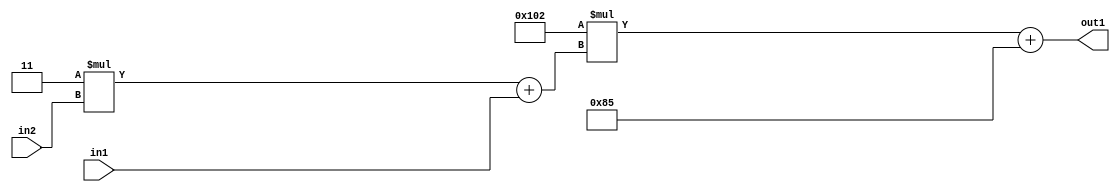
`timescale 1ps / 1ps
/*****************************************************************************
    Verilog RTL Description
    
    
    Created by: Stratus DpOpt 2019.1.01 
*******************************************************************************/

module DC_Filter_Add2i133Mul2i258Add2u1Mul2i3u2_4 (
	in2,
	in1,
	out1
	); /* architecture "behavioural" */ 
input [1:0] in2;
input  in1;
output [11:0] out1;
wire [11:0] asc001;
wire [3:0] asc002;

wire [3:0] asc002_tmp_0;
assign asc002_tmp_0 = 
	+(4'B0011 * in2);
assign asc002 = asc002_tmp_0
	+(in1);

wire [11:0] asc001_tmp_1;
assign asc001_tmp_1 = 
	+(12'B000100000010 * asc002);
assign asc001 = asc001_tmp_1
	+(12'B000010000101);

assign out1 = asc001;
endmodule

/* CADENCE  v7X4Twg= : u9/ySgnWtBlWxVPRXgAZ4Og= ** DO NOT EDIT THIS LINE ******/